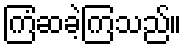
ကြံဆခဲ့ကြသည်။